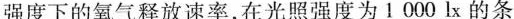
强度下的氧气释放速率，在光照强度为1000lx的条